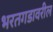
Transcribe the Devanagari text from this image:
भरतगडावरील